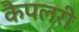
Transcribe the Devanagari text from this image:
कैपलरी